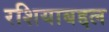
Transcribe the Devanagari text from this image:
रशियाबद्दल